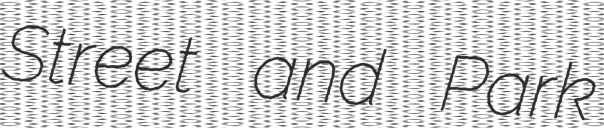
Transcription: Street and Park